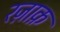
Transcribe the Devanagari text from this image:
रज़ाक़